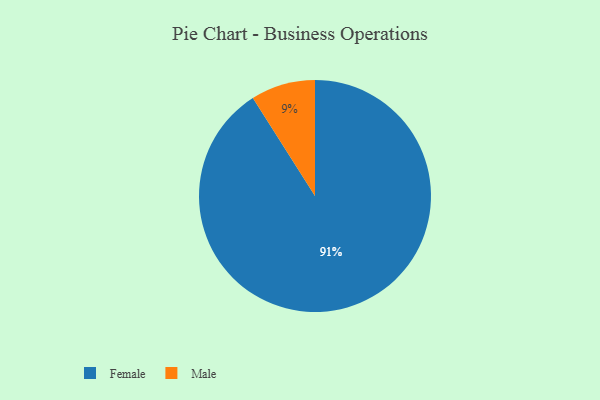
{"axis": {"x": "Category", "y": "Percentage"}, "legend": ["Female", "Male"], "data": [{"x": "Female", "y": 91, "type": "Female"}, {"x": "Male", "y": 9, "type": "Male"}]}